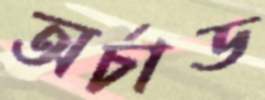
অর্চাড